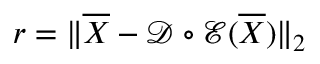
\boldsymbol r = \| \overline { { \boldsymbol X } } - \mathcal D \circ \mathcal E ( \overline { { \boldsymbol X } } ) \| _ { 2 }